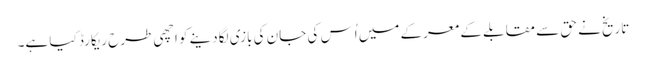
تاریخ نے حق سے مقابلے کے معرکے میں اُس کی جان کی بازی لگادینے کو اچھی طرح ریکارڈ کیا ہے۔